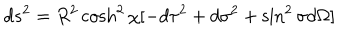
d s ^ { 2 } = R ^ { 2 } \cosh ^ { 2 } \chi [ - d \tau ^ { 2 } + d \sigma ^ { 2 } + \sin ^ { 2 } \sigma d \Omega ]